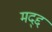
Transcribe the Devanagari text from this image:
मद्द्द